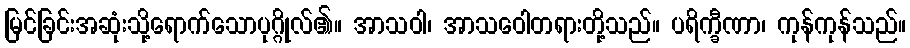
မြင်ခြင်းအဆုံးသို့ရောက်သောပုဂ္ဂိုလ်၏။ အာသဝါ၊ အာသဝေါတရားတို့သည်။ ပရိက္ခီဏာ၊ ကုန်ကုန်သည်။